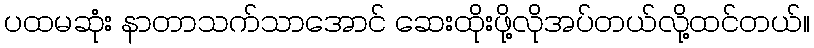
ပထမဆုံး နာတာသက်သာအောင် ဆေးထိုးဖို့လိုအပ်တယ်လို့ထင်တယ်။